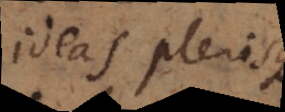
ideas plerisque